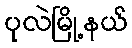
ပုလဲမြို့နယ်